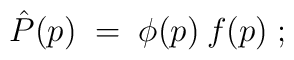
\hat{P}(p) \;=\; \phi(p) \:f(p) \;;